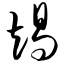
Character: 竭